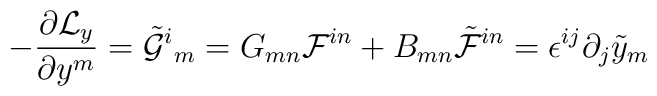
-\frac{\partial {\cal L}_y}{\partial y^m}=\tilde {\cal G}^i{}_m=G_{mn}  {\cal F}^{in} + B_{mn}\tilde {\cal F}^{in} =\epsilon^{ij}\partial_j \tilde y_m